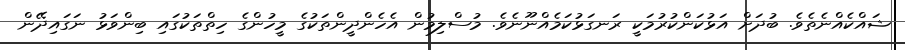
ޝައްކެއްނެތެވެ. ބުދަށް އަޅުކަންކުރުމަކީ ރަނގަޅުކަމެއްނޫނެވެ. މުސްލިމުން އެހެންދީންތަކުގެ މީހުންގެ ހިތްތަކުގައި ބިންވަޅު ނަގައިދޭން